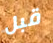
قبل